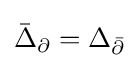
{\bar {\Delta }}_{\partial }=\Delta _{\bar {\partial }}